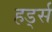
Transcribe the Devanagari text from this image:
हर्ड्स